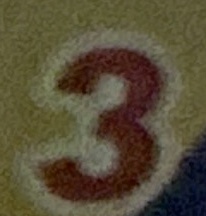
3